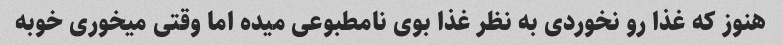
هنوز که غذا رو نخوردی به نظر غذا بوی نامطبوعی میده اما وقتی میخوری خوبه